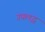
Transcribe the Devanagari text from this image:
उपलद्ध